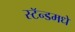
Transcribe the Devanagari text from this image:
स्टॅन्डमधे